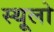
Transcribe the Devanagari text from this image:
स्थूलो